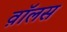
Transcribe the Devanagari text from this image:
व़ाॅलस